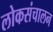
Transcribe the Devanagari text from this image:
लोकसंचालन